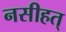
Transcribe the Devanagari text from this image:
नसीहत्